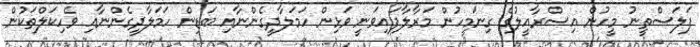
ފަލަސްތީނު މީހުން އިސްރާއީލުގެ ގިނަމީހުން މަރާލާފައިވަނީ ވަޅިން ހަމަލާދީގެންނާއި ބަޑިން ހަމަލާދީގެންނާއި ވެހިކަލްތަކުން